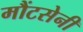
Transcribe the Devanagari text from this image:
मौंटसेनी